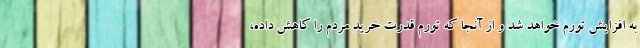
به افزایش تورم خواهد شد و از آنجا که تورم قدرت خرید مردم را کاهش داده،